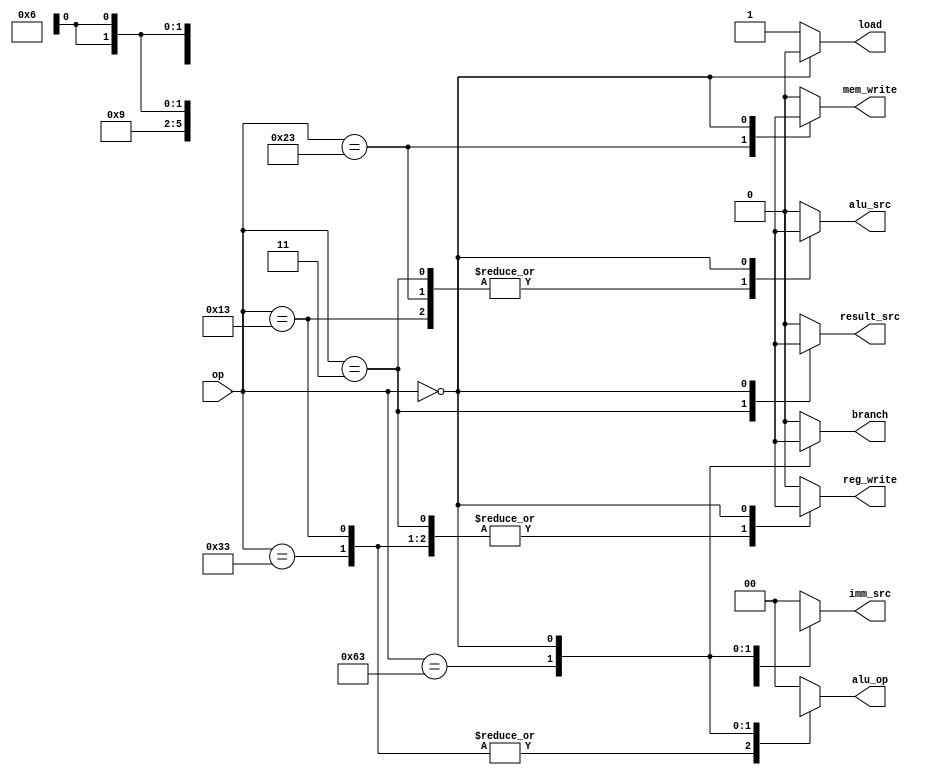
`timescale 1ns / 1ps
//////////////////////////////////////////////////////////////////////////////////
// Company: 
// Engineer: 
// 
// Design Name: 
// Module Name: main_decoder
// Project Name: 
// Target Devices: 
// Tool Versions: 
// Description: 
// 
// Dependencies: 
// 
// Revision:
// Revision 0.01 - File Created
// Additional Comments:
// 
//////////////////////////////////////////////////////////////////////////////////


module main_decoder(
    input [6:0]op, // 7-bit input signal op
    output reg branch, result_src, mem_write, alu_src, reg_write, load, // output control signals 
    output reg [1:0] imm_src, alu_op // output control signals with 2 bits
);

    localparam [6:0]    load_word   = 7'b000_0011,  // opcode for loading a word from memory
                        store_word  = 7'b010_0011,  // opcode for storing a word into memory
                        r_type      = 7'b011_0011,  // opcode for R-type instructions
                        i_type      = 7'b001_0011,  // opcode for I-type instructions
                        branch_inst = 7'b110_0011,  // opcode for branch instructions
                        halt = 7'b000_000;          // opcode for halt instruction that stop the pc increment
                    
    always @(*) begin // combinational always block
        load = 1'b1;
        case (op) // decode the opcode

            load_word: begin // if the opcode is for loading a word
                reg_write = 1'b1; // enable register write
                imm_src = 2'b00; // use immediate value of instruction for sign extension
                alu_src = 1'b1; // use the immediate value as the ALU source
                mem_write = 1'b0; // do not write to memory
                result_src = 1'b1; // use the ALU result as the result source
                branch = 1'b0; // do not take a branch
                alu_op = 2'b00; // use the add operation for the ALU
            end 
            store_word: begin // if the opcode is for storing a word
                reg_write = 1'b0; // disable register write
                imm_src = 2'b01; // use the immediate value of the instruction as the offset
                alu_src = 1'b1; // use the immediate value as the ALU source
                mem_write = 1'b1; // enable memory write
                result_src = 1'b0; // the result source is undefined for stores
                branch = 1'b0; // do not take a branch
                alu_op = 2'b00; // use the add operation for the ALU
            end 
            r_type: begin // if the opcode is for R-type instructions
                reg_write = 1'b1; // enable register write
                imm_src = 2'b00; // do not use an immediate value
                alu_src = 1'b0; // use the values from the registers as the ALU source
                mem_write = 1'b0; // do not write to memory
                result_src = 1'b0; // use the ALU result as the result source
                branch = 1'b0; // do not take a branch
                alu_op = 2'b10; // use the function code of the instruction for the ALU operation
            end 
            i_type: begin // if the opcode is for I-type instructions
                reg_write = 1'b1; // enable register write
                imm_src = 2'b00; // use immediate value of instruction for sign extension
                alu_src = 1'b1; // use the immediate value as the ALU source
                mem_write = 1'b0; // do not write to memory
                result_src = 1'b0; // use the ALU result as the result source
                branch = 1'b0; // do not take a branch
                alu_op = 2'b10;
            end             
            branch_inst: begin // if the opcode is for I-type instructions
                reg_write = 1'b0; // enable register write
                imm_src = 2'b10; // use immediate value of instruction for sign extension
                alu_src = 1'b0; // use the immediate value as the ALU source
                mem_write = 1'b0; // do not write to memory
                result_src = 1'b0; // use the ALU result as the result source
                branch = 1'b1; // do not take a branch
                alu_op = 2'b01;
            end 
            halt: begin
                load = 1'b0;
                reg_write = 1'bx;
                imm_src = 2'bxx;
                alu_src = 1'bx;
                mem_write = 1'bx;
                result_src = 1'bx;
                branch = 1'bx;
                alu_op = 2'bxx;
            end            
            default: begin
                reg_write = 1'b0;
                imm_src = 2'b00;
                alu_src = 1'b0;
                mem_write = 1'b0;
                result_src = 1'b0;
                branch = 1'b0;
                alu_op = 2'b00;
            end
        endcase
    end
endmodule